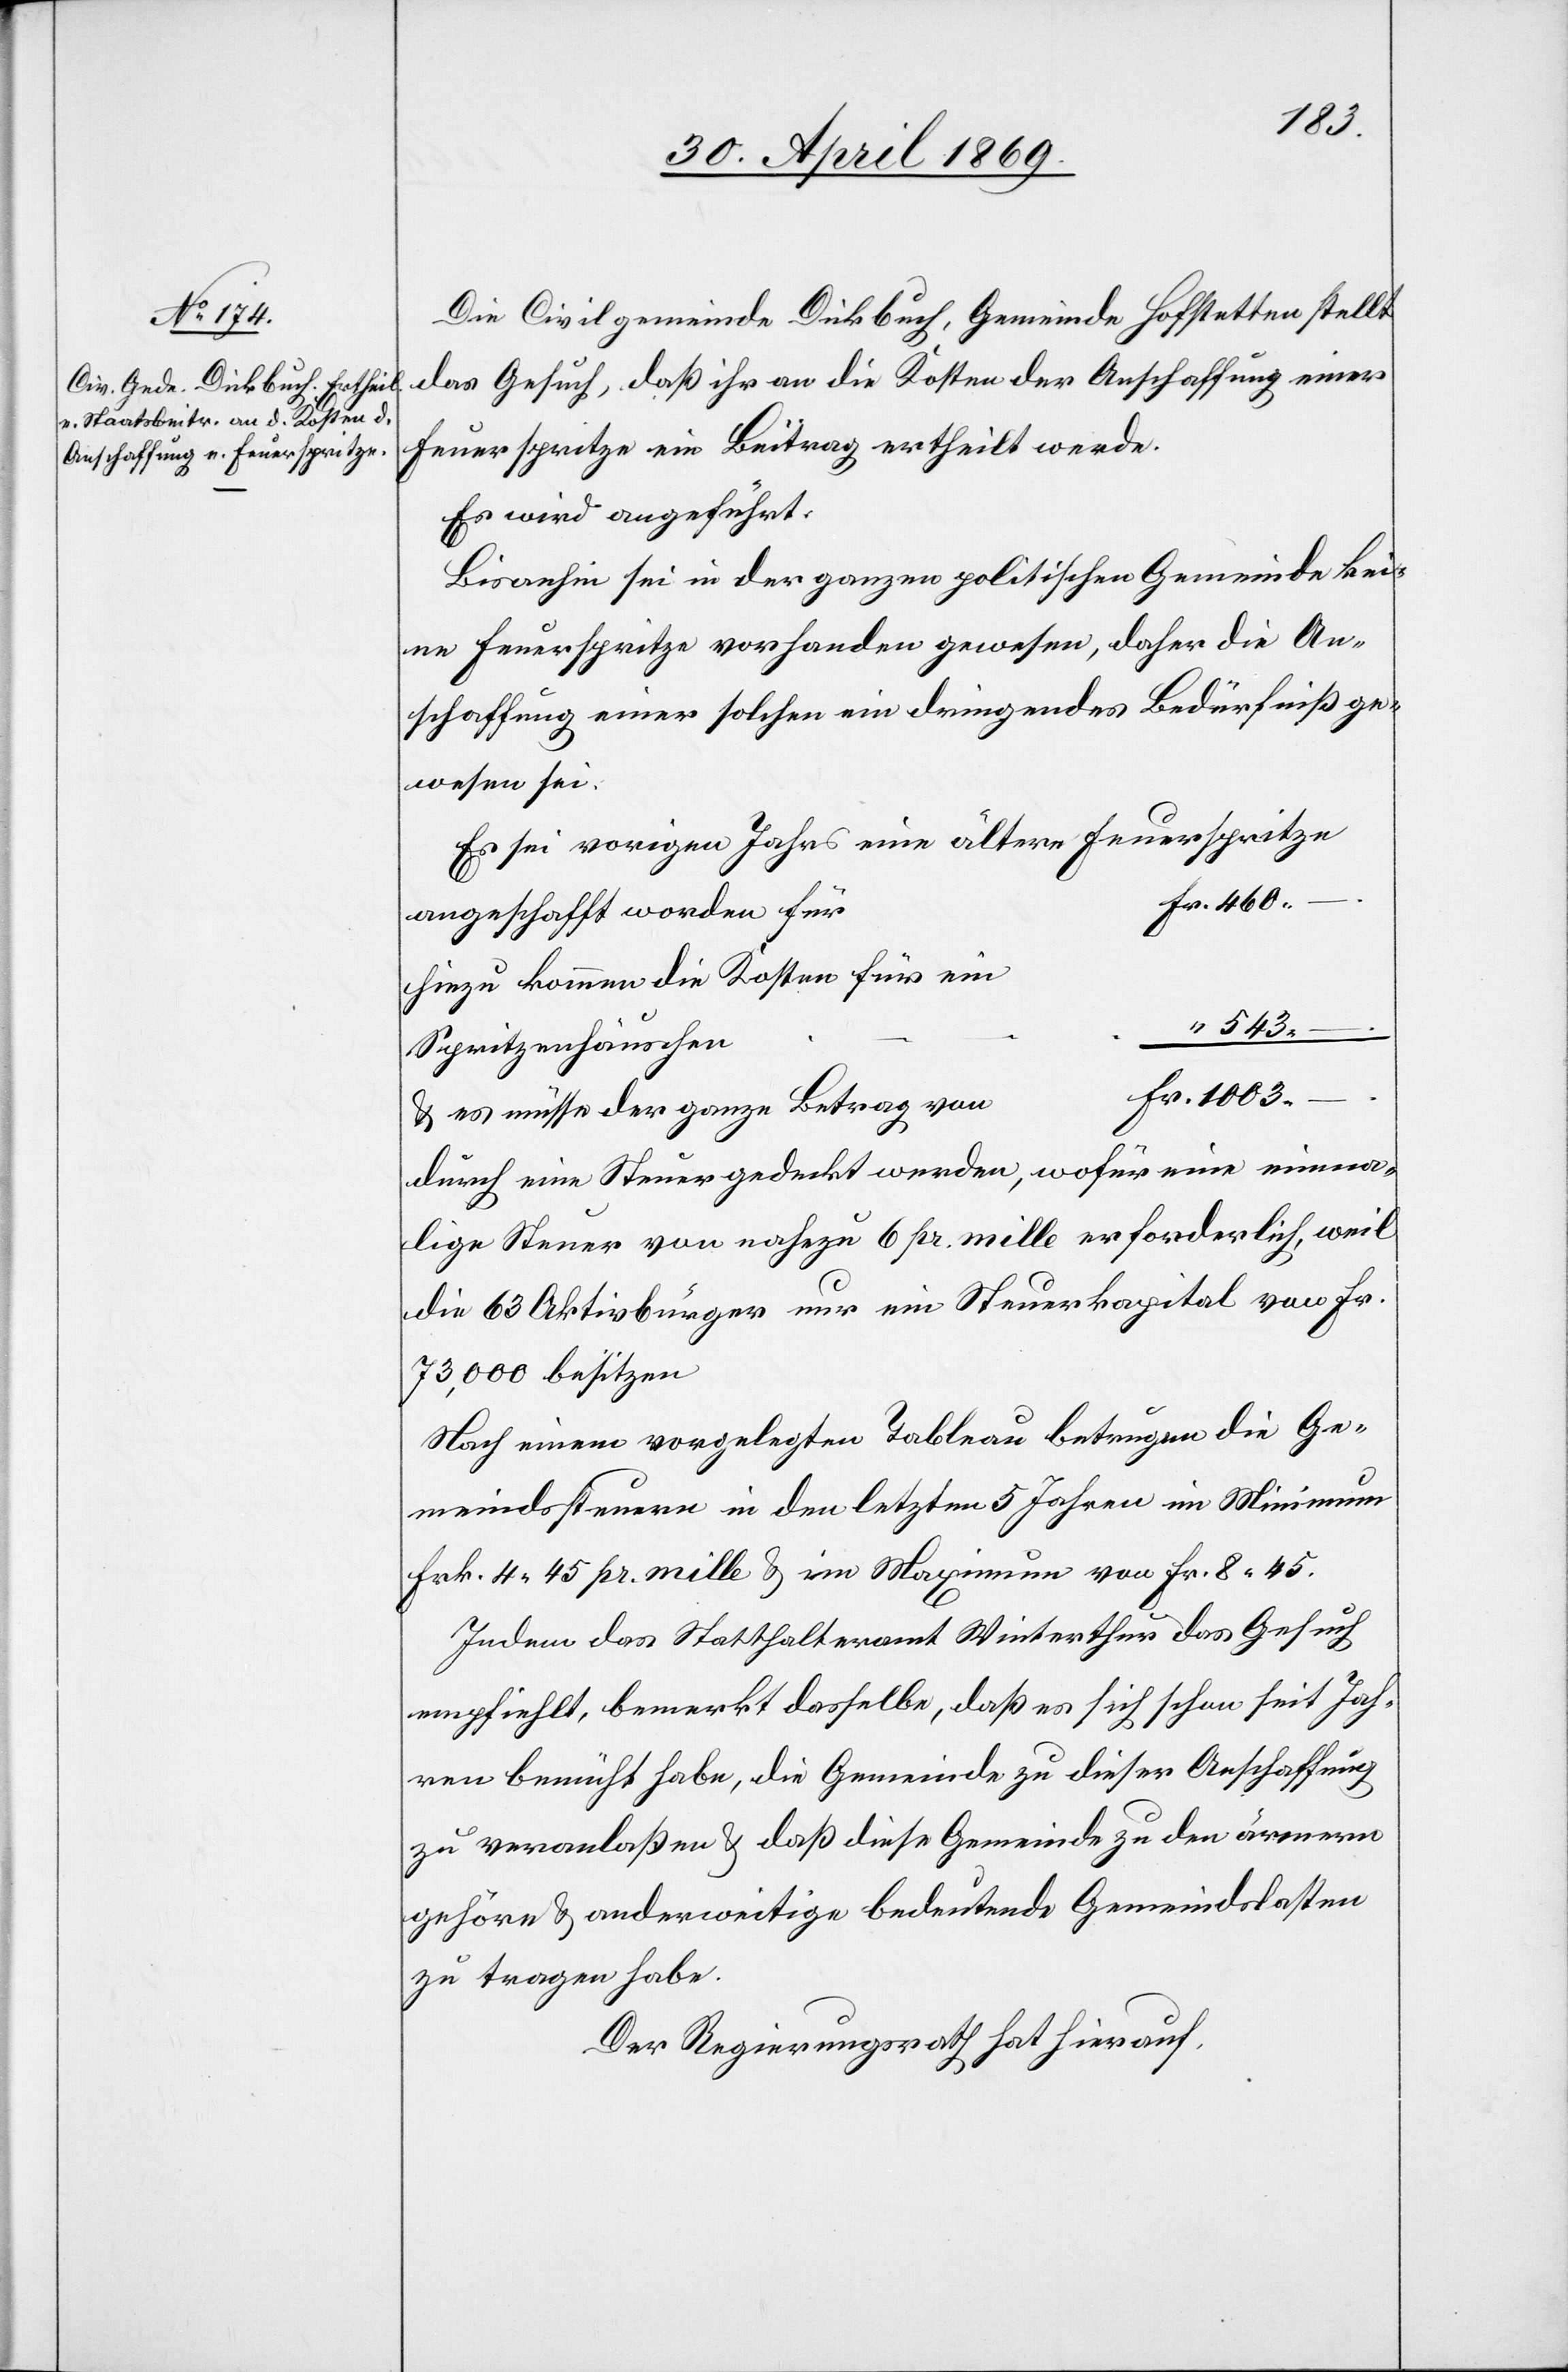
Die Civilgemeinde Dickbuch, Gemeinde Hofstetten stellt
das Gesuch, daß ihr an die Kosten der Anschaffung einer
Feuerspritze ein Beitrag ertheilt werde.
Es wird angeführt:
Bisanhin sei in der ganzen politischen Gemeinde kei¬
ne Feuerspritze vorhanden gewesen, daher die An¬
schaffung einer solchen ein dringendes Bedürfniß ge¬
wesen sei.
Es sei vorigen Jahrs eine ältere Feuerspritze
Fr. 460.
angeschafft worden für
Hinzu kommen die Kosten für ein
“ 543.
–
Spritzenhäuschen
Fr. 1003.
u. es müsse der ganze Betrag von
durch eine Steuer gedeckt werden, wofür eine einma¬
lige Steuer von nahezu 6 pr. mille erforderlich, weil
die 63 Aktivbürger nur ein Steuerkapital von Fr.
73,000 besitzen.
Nach einem vorgelegten Tableau betrugen die Ge¬
meindssteuern in den letzten 5 Jahren im Minimum
Frk. 4.45 pr. mille u. im Maximum von Fr. 8.45.
Indem das Statthalteramt Winterthur das Gesuch
empfiehlt, bemerkt dasselbe, daß es sich schon seit Jah¬
ren bemüht habe, die Gemeinde zu dieser Anschaffung
zu veranlaßen u. daß diese Gemeinde zu den ärmern
gehöre u. anderweitige bedeutende Gemeindslasten
zu tragen habe.
Der Regierungsrath hat hierauf,